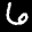
Label: 6